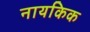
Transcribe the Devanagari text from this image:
नायकिक